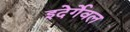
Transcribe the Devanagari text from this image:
इदेर्गेवल